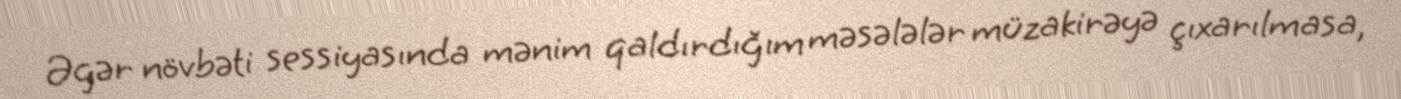
Əgər növbəti sessiyasında mənim qaldırdığım məsələlər müzakirəyə çıxarılmasa,